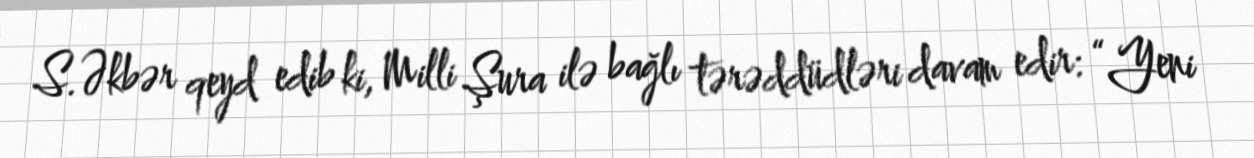
S.Əkbər qeyd edib ki, Milli Şura ilə bağlı tərəddüdləri davam edir: “Yeni